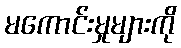
မကောင်းမှုများကို